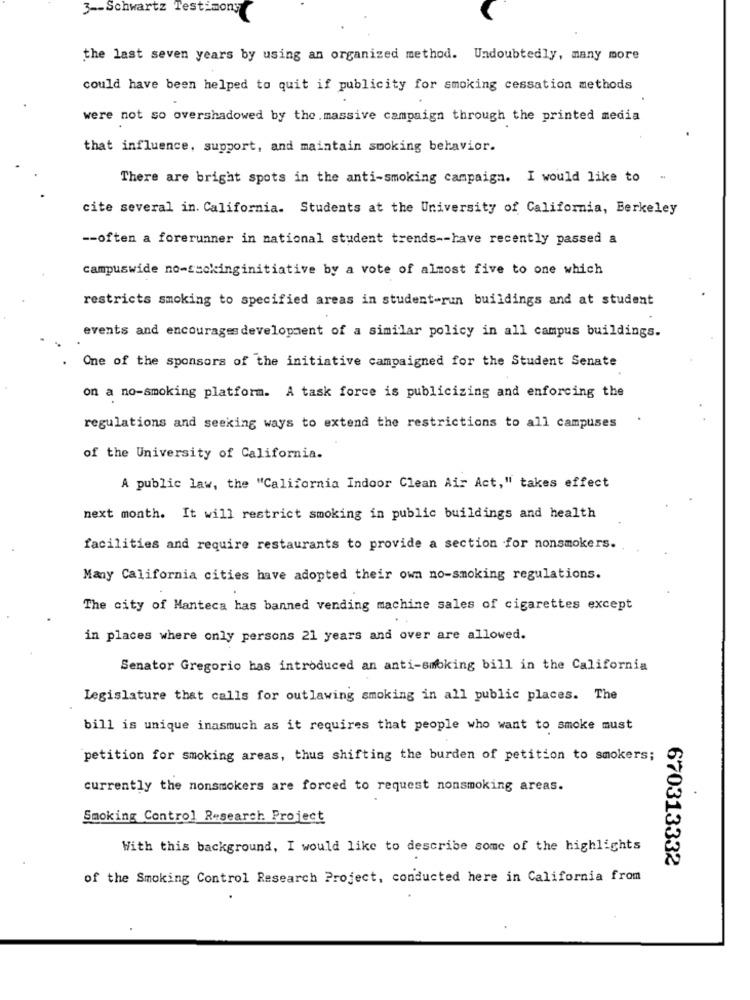
3 -- Schwartz Testimony
the last seven years by using an organized method. Undoubtedly, many more
could have been helped to quit if publicity for smoking cessation methods
were not so overshadowed by the massive campaign through the printed media
that influence, support, and maintain smoking behavior.
There are bright spots in the anti-smoking campaign. I would like to
cite several in. California. Students at the University of California, Berkeley
-- often a forerunner in national student trends -- have recently passed a
campuswide no-suckinginitiative by a vote of almost five to one which
restricts smoking to specified areas in student-run buildings and at student
events and encourages development of a similar policy in all campus buildings.
One of the sponsors of the initiative campaigned for the Student Senate
on a no-smoking platform. A task force is publicizing and enforcing the
regulations and seeking ways to extend the restrictions to all campuses
of the University of California.
A public law, the "California Indoor Clean Air Act," takes effect
next month. It will restrict smoking in public buildings and health
facilities and require restaurants to provide a section for nonsmokers.
Many California cities have adopted their own no-smoking regulations.
The city of Manteca has banned vending machine sales of cigarettes except
in places where only persons 21 years and over are allowed.
Senator Gregorio has introduced an anti-smoking bill in the California
Legislature that calls for outlawing smoking in all public places. The
bill is unique inasmuch as it requires that people who want to smoke must
petition for smoking areas, thus shifting the burden of petition to smokers;
currently the nonsmokers are forced to request nonsmoking areas.
Smoking Control Research Project
With this background, I would like to describe some of the highlights
670313332
of the Smoking Control Research Project, conducted here in California from